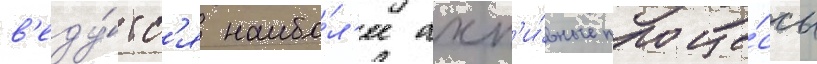
в'еду́тс'я наибо́л'ее акт'и́вные проце́ссы